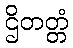
ဌိတတ္တံ